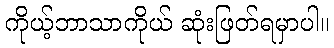
ကိုယ့်ဘာသာကိုယ် ဆုံးဖြတ်ရမှာပါ။